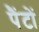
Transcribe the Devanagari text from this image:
पैंटों